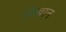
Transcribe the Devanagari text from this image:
विज्ञान